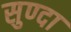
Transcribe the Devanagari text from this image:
सुण्दा